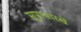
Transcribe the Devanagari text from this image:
सुपासारखे